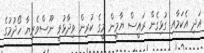
އަދި އެކަމާއި ގުޅިގެން ރައީސް ޔާމީން މީގެ ކުރިން ވިދާޅުވީ ނޫސްވެރިޔާ ހޯދުމުގެ